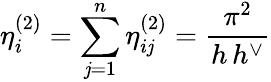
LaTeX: \eta_{i}^{(2)}=\sum_{\mathit{j}=1}^{n}\eta_{i\mathit{j}}^{(2)}=\frac{{\pi^{2}}}{{h\, h^{\vee}}}